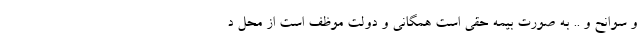
و سوانح و .. به صورت بیمه حقی است همگانی و دولت موظف است از محل د